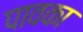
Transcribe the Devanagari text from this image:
पावका